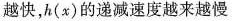
越快，h(x)的递减速度越来越慢